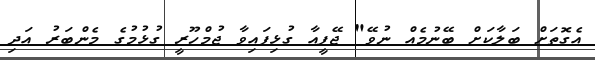
އެގޮތަށް ބަލާކަށް ބޭނުމެއް ނުވޭ" ޖޭޕީއާ ގުޅިފައިވާ ޖުމްހޫރީ ގުޅުމުގެ މެންބަރު އަދި